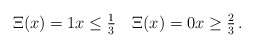
\begin{align*}\textstyle\Xi(x)=1x\le\frac13\quad\Xi(x)=0x\ge\frac23\,.\end{align*}